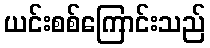
ယင်းစစ်ကြောင်းသည်